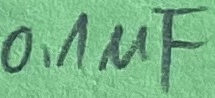
Text: 0,1µF